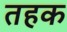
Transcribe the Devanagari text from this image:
तहक